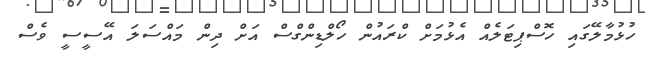
ހުޅުމާލޭގައި ހޮސްޕިޓަލެއް އެޅުމަށް ކްރައުން ހޯލްޑިންގްސް އަށް ދިން މައްސަލަ އޭސީސީ ވެސް